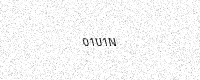
Text: 01U1N